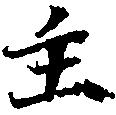
主